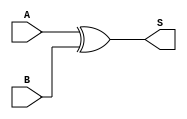
module xor_gate (
    input wire A,
    input wire B,
    output wire S
);
    assign S = A ^ B; // Sum is A XOR B
endmodule